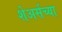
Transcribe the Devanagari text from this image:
शेअर्सच्या